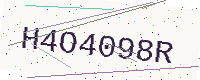
Text: H4O4098R